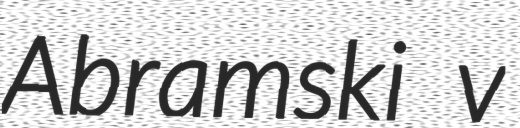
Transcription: Abramski v